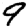
Digit: 9